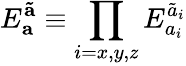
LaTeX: E_{\mathbf{a}}^{\mathbf{\tilde{a}}}\equiv\prod_{i={x,y,z}}E_{a_{i}}^{\tilde{a}_{i}}